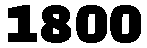
1800